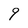
Character: 9